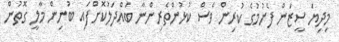
މިދިޔަ ސީޒަން ފެށުމުގެ ކުރިން ވެސް ކުޅުންތެރިންނާ ބައްދަލުކޮށްފައި ބުނިން މާލީ ގޮތުން